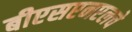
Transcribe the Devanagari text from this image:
बीएसएनएलचे